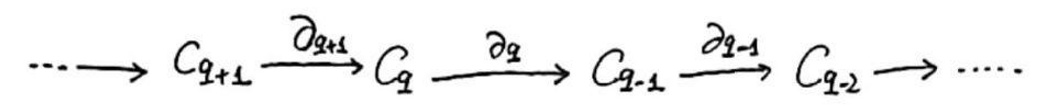
\[\cdots \to C_{q + 1} \xrightarrow{\partial_{q+1}} C_{q} \xrightarrow{\partial_{q}} C_{q - 1} \xrightarrow{\partial_{q-1}} C_{q - 2} \to \cdots\]